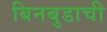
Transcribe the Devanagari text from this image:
बिनबुडाची